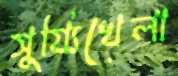
সুয্যিখেলা